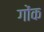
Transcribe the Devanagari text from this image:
गोंक